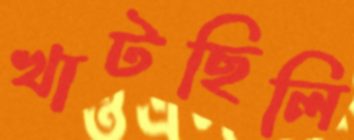
খাটছিলি